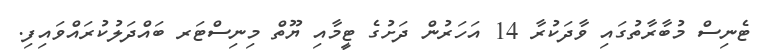
ޓެނިސް މުބާރާތުގައި ވާދަކުރާ 14 އަހަރުން ދަށުގެ ޓީމާއި ޔޫތް މިނިސްޓަރ ބައްދަލުކުރައްވައިފި.